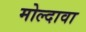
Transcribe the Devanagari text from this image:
मोल्दावा